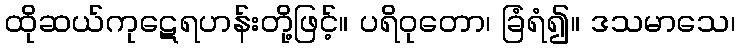
ထိုဆယ်ကုဋေရဟန်းတို့ဖြင့်။ ပရိဝုတော၊ ခြံရံ၍။ ဒသမာသေ၊